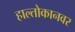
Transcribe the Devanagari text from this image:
हाल्तोकानवर